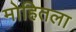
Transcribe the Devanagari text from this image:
मोहितला